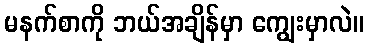
မနက်စာကို ဘယ်အချိန်မှာ ကျွေးမှာလဲ။